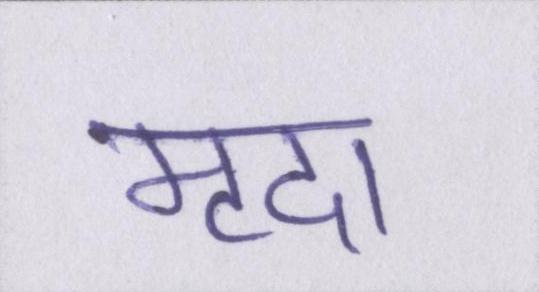
मृदा